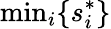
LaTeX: \textrm{min}_{i}\{ s_{i}^{*}\}